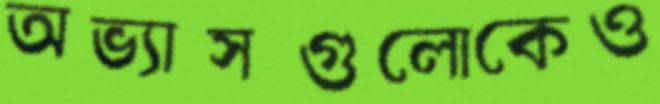
অভ্যাসগুলোকেও